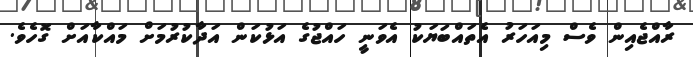
ރާއްޖެއިން ވެސް މިއަހަރު އެތައްބަޔަކު އެވަނީ ހައްޖުގެ އަޅުކަން އަދާކުރުމަށް މައްކާއަށް ގޮހެވެ.